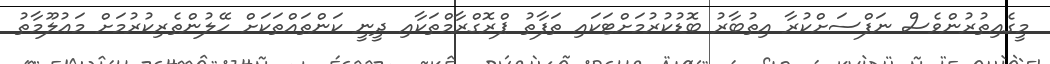
މީގެއިތުރުންވެސް ނަފްސަށްކުރާ އިތުބާރު ބޮޑުކުރުމަށްޓަކައި ތަފާތު ޕްރޮގްރާމްތަކާއި ދީނީ ކަންތައްތަކަށް ހޭލުންތެރިކުރުމަށް މަޢުލޫމާތު